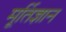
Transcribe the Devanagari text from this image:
मूर्तिज्ञान